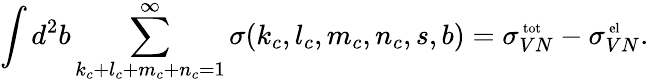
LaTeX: \int d^{2}b\sum_{k_{c}+l_{c}+m_{c}+n_{c}=1}^{\infty}\sigma(k_{c},l_{c},m_{c},n_{c},s,b)=\sigma_{VN}^{\mathrm{\scriptsize~tot}}-\sigma_{VN}^{\mathrm{\scriptsize~el}}.